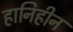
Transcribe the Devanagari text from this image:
हानिहीन